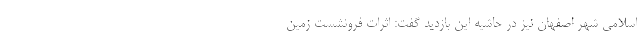
اسلامی شهر اصفهان نیز در حاشیه این بازدید گفت: اثرات فرونشست زمین